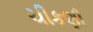
ચીકણી